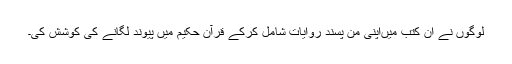
لوگوں نے ان کتب میں‌اپنی من پسند روایات شامل کرکے قرآن حکیم میں پیوند لگانے کی کوشش کی۔